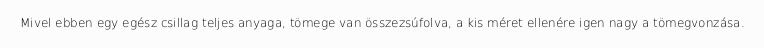
Mivel ebben egy egész csillag teljes anyaga, tömege van összezsúfolva, a kis méret ellenére igen nagy a tömegvonzása.